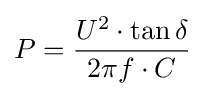
P={\frac {U^{2}\cdot \tan \delta }{2\pi f\cdot C}}